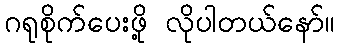
ဂရုစိုက်ပေးဖို့ လိုပါတယ်နော်။